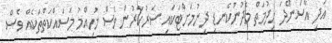
އަދި އާސަންދަ ހިދުމަތް މެދުނުކެނޑި ދިނުމަށްޓަކައި ސަރުކާރުން ވެސް މުހިއްމު މަސައްކަތްތަކެއް ވެސް